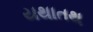
યથાતથ